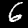
Label: 6